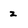
Character: z